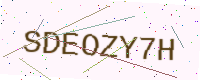
Text: SDEOZY7H